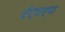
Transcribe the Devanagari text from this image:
ईएचएफ